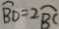
\widehat { B D } = 2 \widehat { B C }